system: You are a helpful assistant.
user:
Analyze the provided spectrum to determine if it is a **S-type Star**.

- **Key Indicators for S-type Star:**

    - **(Overall Spectrum Shape):** The first and most obvious characteristic is the overall continuum (the "baseline" shape). It is **extremely "red-sloping,"** meaning the flux (light intensity) is very low on the left side (blue, ~4000-4500 Å) and rises steeply and continuously toward the right side (red, ~7000 Å+).

    - **(Primary):** The spectrum is defined by the presence of strong, broad molecular absorption "valleys" (bands) from **Zirconium Oxide (ZrO)**. The identification of these bands is the **primary requirement** for classifying a star as S-type.
        - **(Key Bandheads):** You must find distinct, deep "dips" where the light has been absorbed. The most critical band systems to locate are:
            - **~6474 Å** ($\gamma$-system): This is often the strongest and clearest ZrO feature, found in the red part of the spectrum.
            - **~5718 Å** & **~5551 Å** ($\beta$-system): A pair of prominent absorption features in the yellow-orange part of the spectrum.
            - **~4640 Å** ($\alpha$-system): A key absorption band system in the blue-green region of the spectrum.

    - **(Secondary Confirmation):** The classification is strengthened by finding additional absorption bands from other related heavy element oxides, which are expected to be present alongside ZrO.
        - **(Key Bandheads):**
            - **Yttrium Oxide (YO):** Look for absorption dips near **~4800 Å** and **~6100 Å**.
            - **Lanthanum Oxide (LaO):** Additional absorption features, particularly in the red-orange part of the spectrum, are also characteristic.

    - **(Line Profile):** The combination of the steep red continuum and these numerous, deep molecular bands (ZrO, YO, etc.) gives the entire spectrum a very **"chopped-up"** or **"bumpy"** appearance. Instead of a smooth curve, the spectrum looks as though large, wide chunks of light have been "carved out" of it at the specific wavelengths listed above.

Think first, call **spectral_visualization_tool** if needed to examine features in detail, then provide your final answer. Your response must adhere to the following strict rules:
1.  **Overall Structure:** Your response must follow the format `<think>...</think> <tool_call>...</tool_call> (if a tool is used) <answer>...</answer>`.
2.  **Tool Usage Constraint:** You may only make **one** tool call per turn.
3.  **Final Answer Format:** In the `<answer>` tag, your conclusion must be inside a `\boxed{}` command (e.g., `\boxed{YES}` or `\boxed{NO}`), followed by your justification.

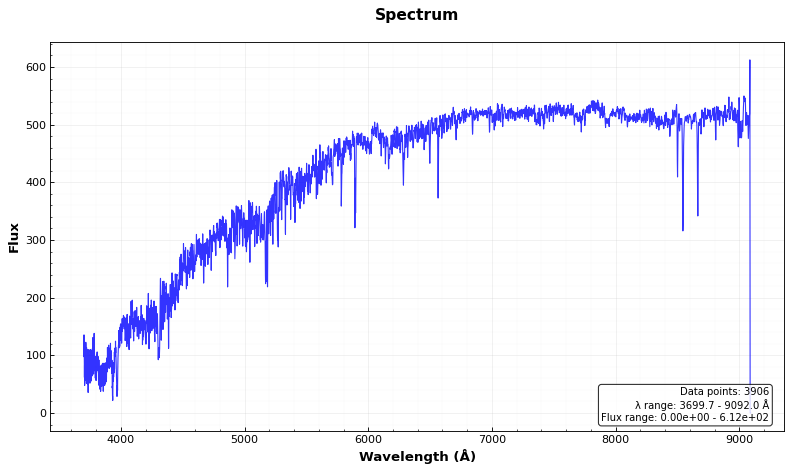
Answer: NO